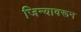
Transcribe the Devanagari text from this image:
जिन्यावरून